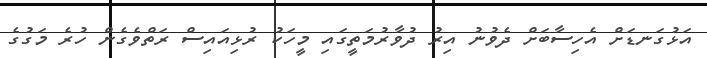
އަޅުގަނޑަށް އެހިސާބަށް ދެވުނު އިރު ދުވާރުމަތީގައި މީހަކު ރުޅިއައިސް ރަތްވެގެން ހުރެ މަގުގެ